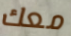
معك